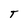
Character: T